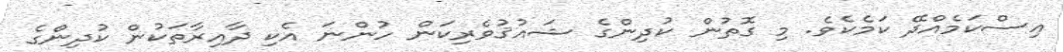
އިސްކަމެއްދޭ ކަމެކެވެ. މި ގޮތުން ކުދިންގެ ޝައުޤުވެރިކަން ހުންނަ އެކި ދާއިރާތަކުން ކުދިންގެ